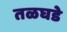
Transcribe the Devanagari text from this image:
तळघडे